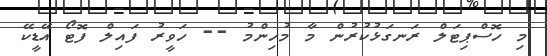
މި ހޮސްޕިޓަލް ރަނގަޅުކުރުން މާ މުހިންމު -- ހަވީރު ފައިލް ފޮޓޯ އޭޑީކޭ